Calcutta medical institutions reports 1871-78
Year: 1871
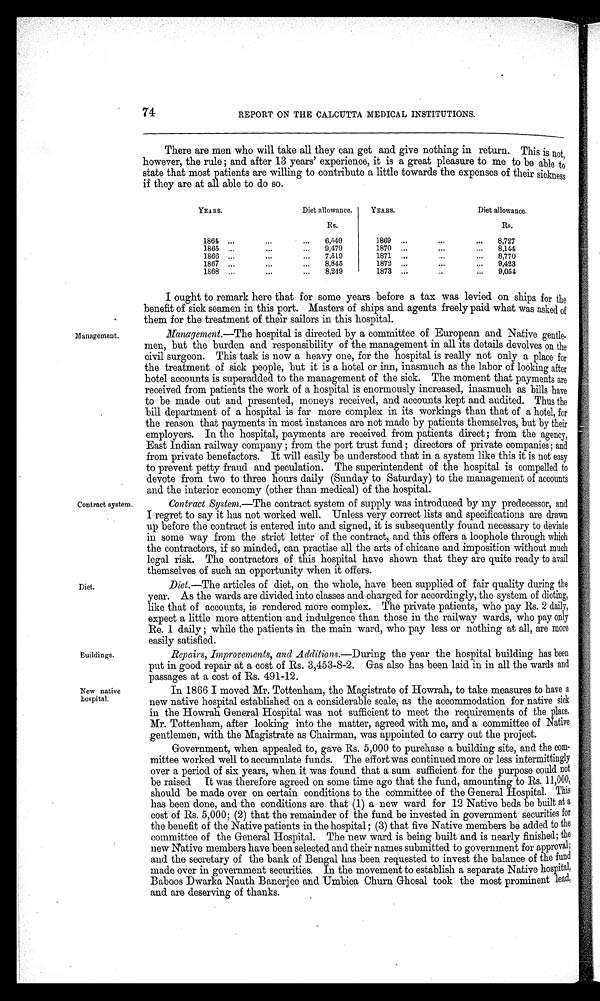
74
REPORT ON THE CALCUTTA MEDICAL INSTITUTIONS.
There are men who will take all they can get and give nothing in return. This is not
, however, the rule and after 13 years' experience, it is a great pleasure to me to be able to
state that most patients are willing to contribute a little towards the expenses of their sickness
if they are at all able to do so.
YEARS .
Diet allowance.
Rs.
1864
6,549
1865
9,479
1866
..7,519
1867
8,845
1868
8,249
YEARS.
Diet allowance.
Rs.
1869
8,727
1870
8,144
1871
8,770
1872
9,423
1873
9,054
I ought to remark here that for some years before a tax was levied on ships for the
benefit of sick seamen in this port. Masters of ships and agents freely paid what was asked of
them for the treatment of their sailors in this hospital.
Management.
Management.—The hospital is directed by a committee of European and Native gentle
men, but the burden and responsibility of the management in all its details devolves on the
civil surgeon. This task is now a heavy one, for the hospital is really not only a place for
the treatment of sick people, but it is a hotel or inn, inasmuch as the labor of looking after
hotel accounts is superadded to the management of the sick. The moment that payments are
received from patients the work of a hospital is enormously increased, inasmuch as bills have
to be made out and presented, moneys received, and accounts kept and audited. Thus the
bill department of a hospital is far more complex in its workings than that of a hotel, for
the reason that payments in most instances are not made by patients themselves, but by their
employers. In the hospital, payments are received from patients direct ; from the agency,
East Indian railway company ; from the port trust fund ; directors of private companies; and
from private benefactors. It will easily be understood that in a system like this it is not easy
to prevent petty fraud and peculation. The superintendent of the hospital is compelled to
devote from two to three hours daily (Sunday to Saturday) to the management of accounts
and the interior economy (other than medical) of the hospital.
Contract system.
Contract System. —The contract system of supply was introduced by my predecessor, and
I regret to say it has not worked well. Unless very correct lists and specifications are drawn
up before the contract is entered into and signed, it is subsequently found necessary to deviate
in some way from the strict letter of the contract, and this offers a loophole through which
the contractors, if so minded, can practise all the arts of chicane and imposition without much
legal risk. The contractors of this hospital have shown that they are quite ready to avail
themselves of such an opportunity when it offers.
Diet.
Diet. —The articles of diet, on the whole, have been supplied of fair quality during the
year. As the wards are divided into classes and charged for accordingly, the system of dieting,
like that of accounts, is rendered more complex. The private patients, who pay Rs. 2 daily,
expect a little more attention and indulgence than those in the railway wards, who pay only
Re. 1 daily ; while the patients in the main ward, who pay less or nothing at all, are more
easily satisfied.
Buildings.
Repairs, Improvements, and Additions.—During the year the hospital building has been
put in good repair at a cost of Rs. 3,453–8–2. Gas also has been laid in in all the wards and
passages at a cost of Rs. 491–12.
New native
h o s p i t a l .
In 1866 I moved Mr. Tottenham, the Magistrate of Howrah, to take measures to have a
new native hospital established on a considerable scale, as the accommodation for native sick
in the Howrah General Hospital was not sufficient to meet the requirements of the place.
Mr. Tottenham, after looking into the matter, agreed with me, and a committee of Native
gentlemen, with the Magistrate as Chairman, was appointed to carry out the project.
Government, when appealed to, gave Rs. 5,000 to purchase a building site, and the com
-
mittee worked well to accumulate funds. The effort was continued more or less intermittingly
over a period of six years, when it was found that a sum sufficient for the purpose could not
be raised It was therefore agreed on some time ago that the fund, amounting to Rs. 11,000,
should be made over on certain conditions to the committee of the General Hospital. This
has been done, and the conditions are that (1) a new ward for 12 Native beds be built at a
cost of Rs. 5,000; (2) that the remainder of the fund be invested in government securities for
the benefit of the Native patients in the hospital ; (3) that five Native members be added to the
committee of the General Hospital. The new ward is being built and is nearly finished; the
new Native members have been selected and their names submitted to government for approval ;
and the secretary of the bank of Bengal has been requested to invest the balance of the fund
made over in government securities. In the movement to establish a separate Native hospital,
Baboos Dwarka Nauth Banerjee and Umbica Churn Ghosal took the most prominent lead,
and are deserving of thanks.